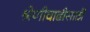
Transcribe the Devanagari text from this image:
श्रेणीवाढीसाठी